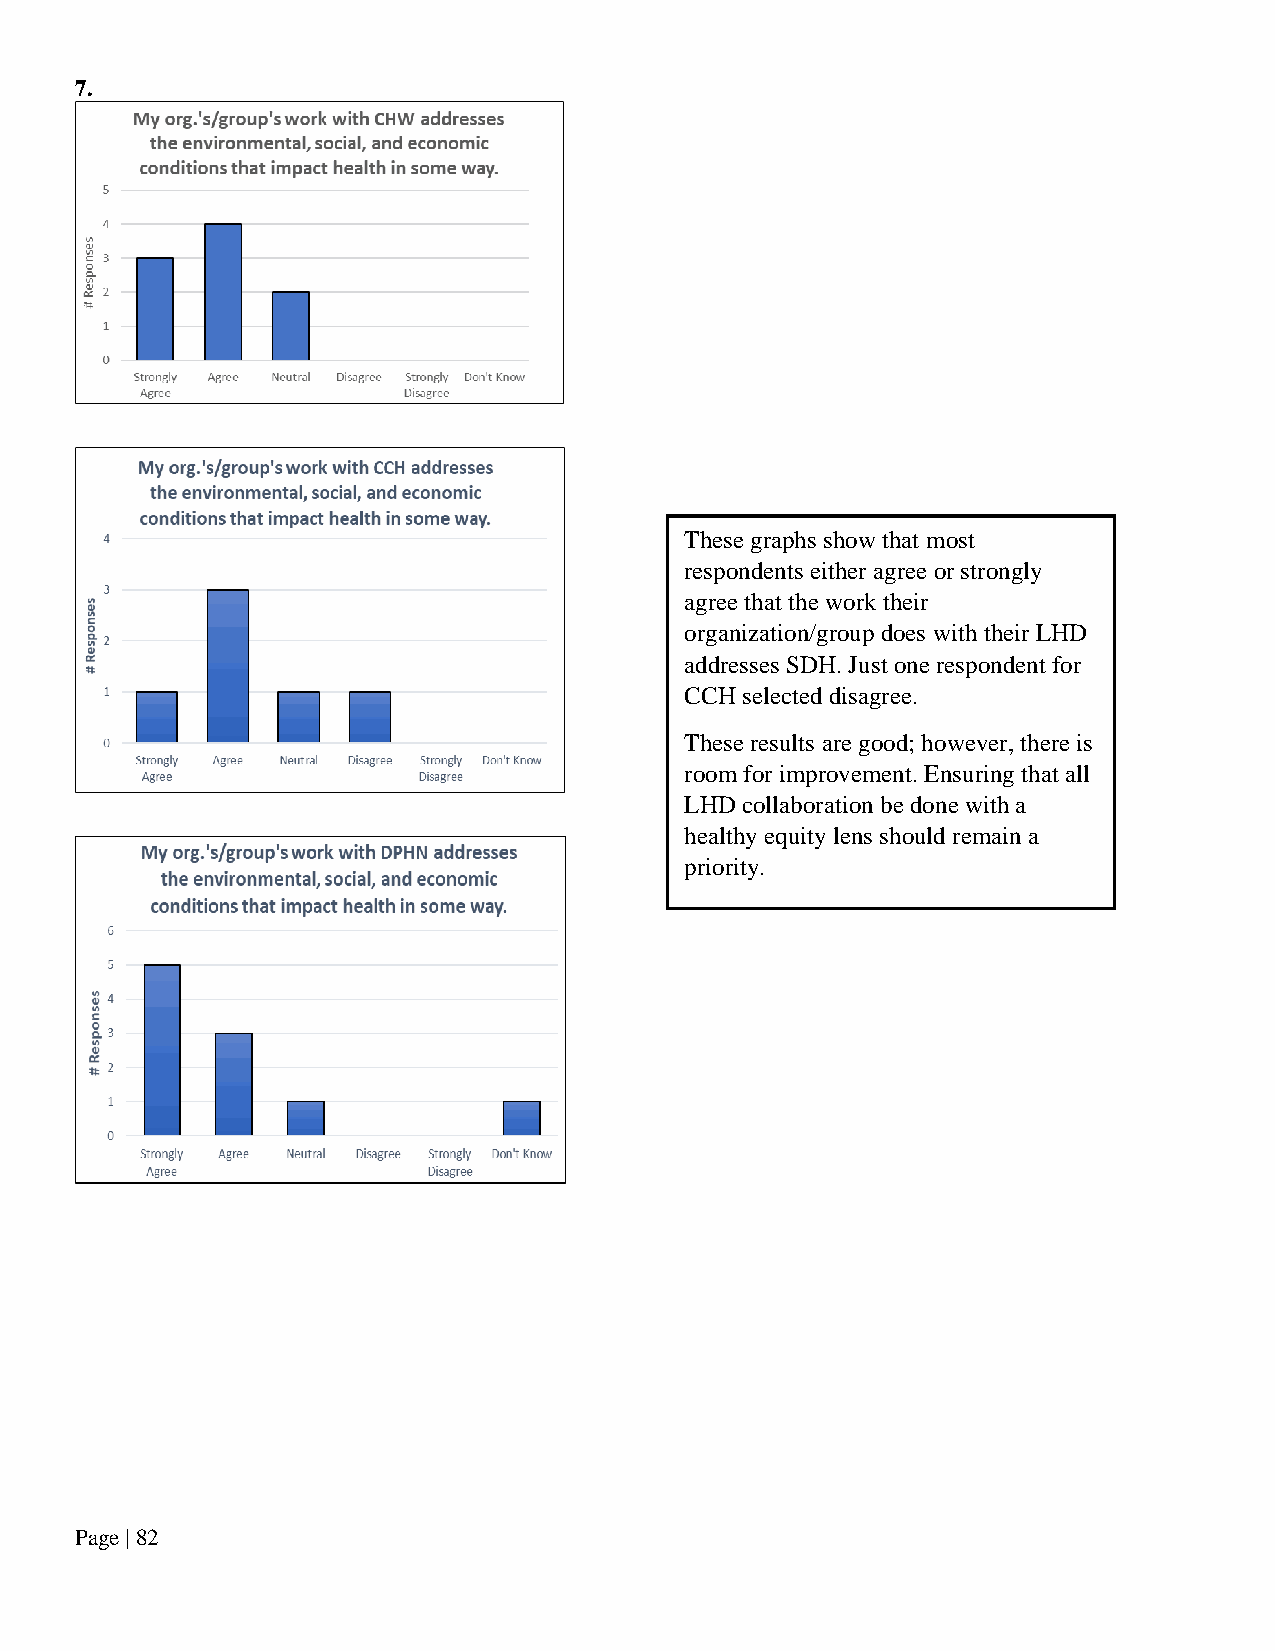
7.
 These graphs show that most
 respondents either agree or strongly
 agree that the work their
 organization/group does with their LHD
 addresses SDH. Just one respondent for
 CCH selected disagree.
 These results are good; however, there is
 room for improvement. Ensuring that all
 LHD collaboration be done with a
 healthy equity lens should remain a
 priority.
 Page | 82